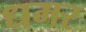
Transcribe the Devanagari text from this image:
धमर